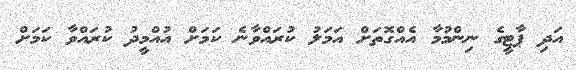
އަދި ޕާޓީގެ ނިންމުމާ އެއްގޮތަށް އަމަލު ކުރައްވާނެ ކަމަށް އުއްމީދު ކުރައްވާ ކަމަށް